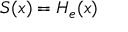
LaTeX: S ( x ) = H _ { e } ( x )